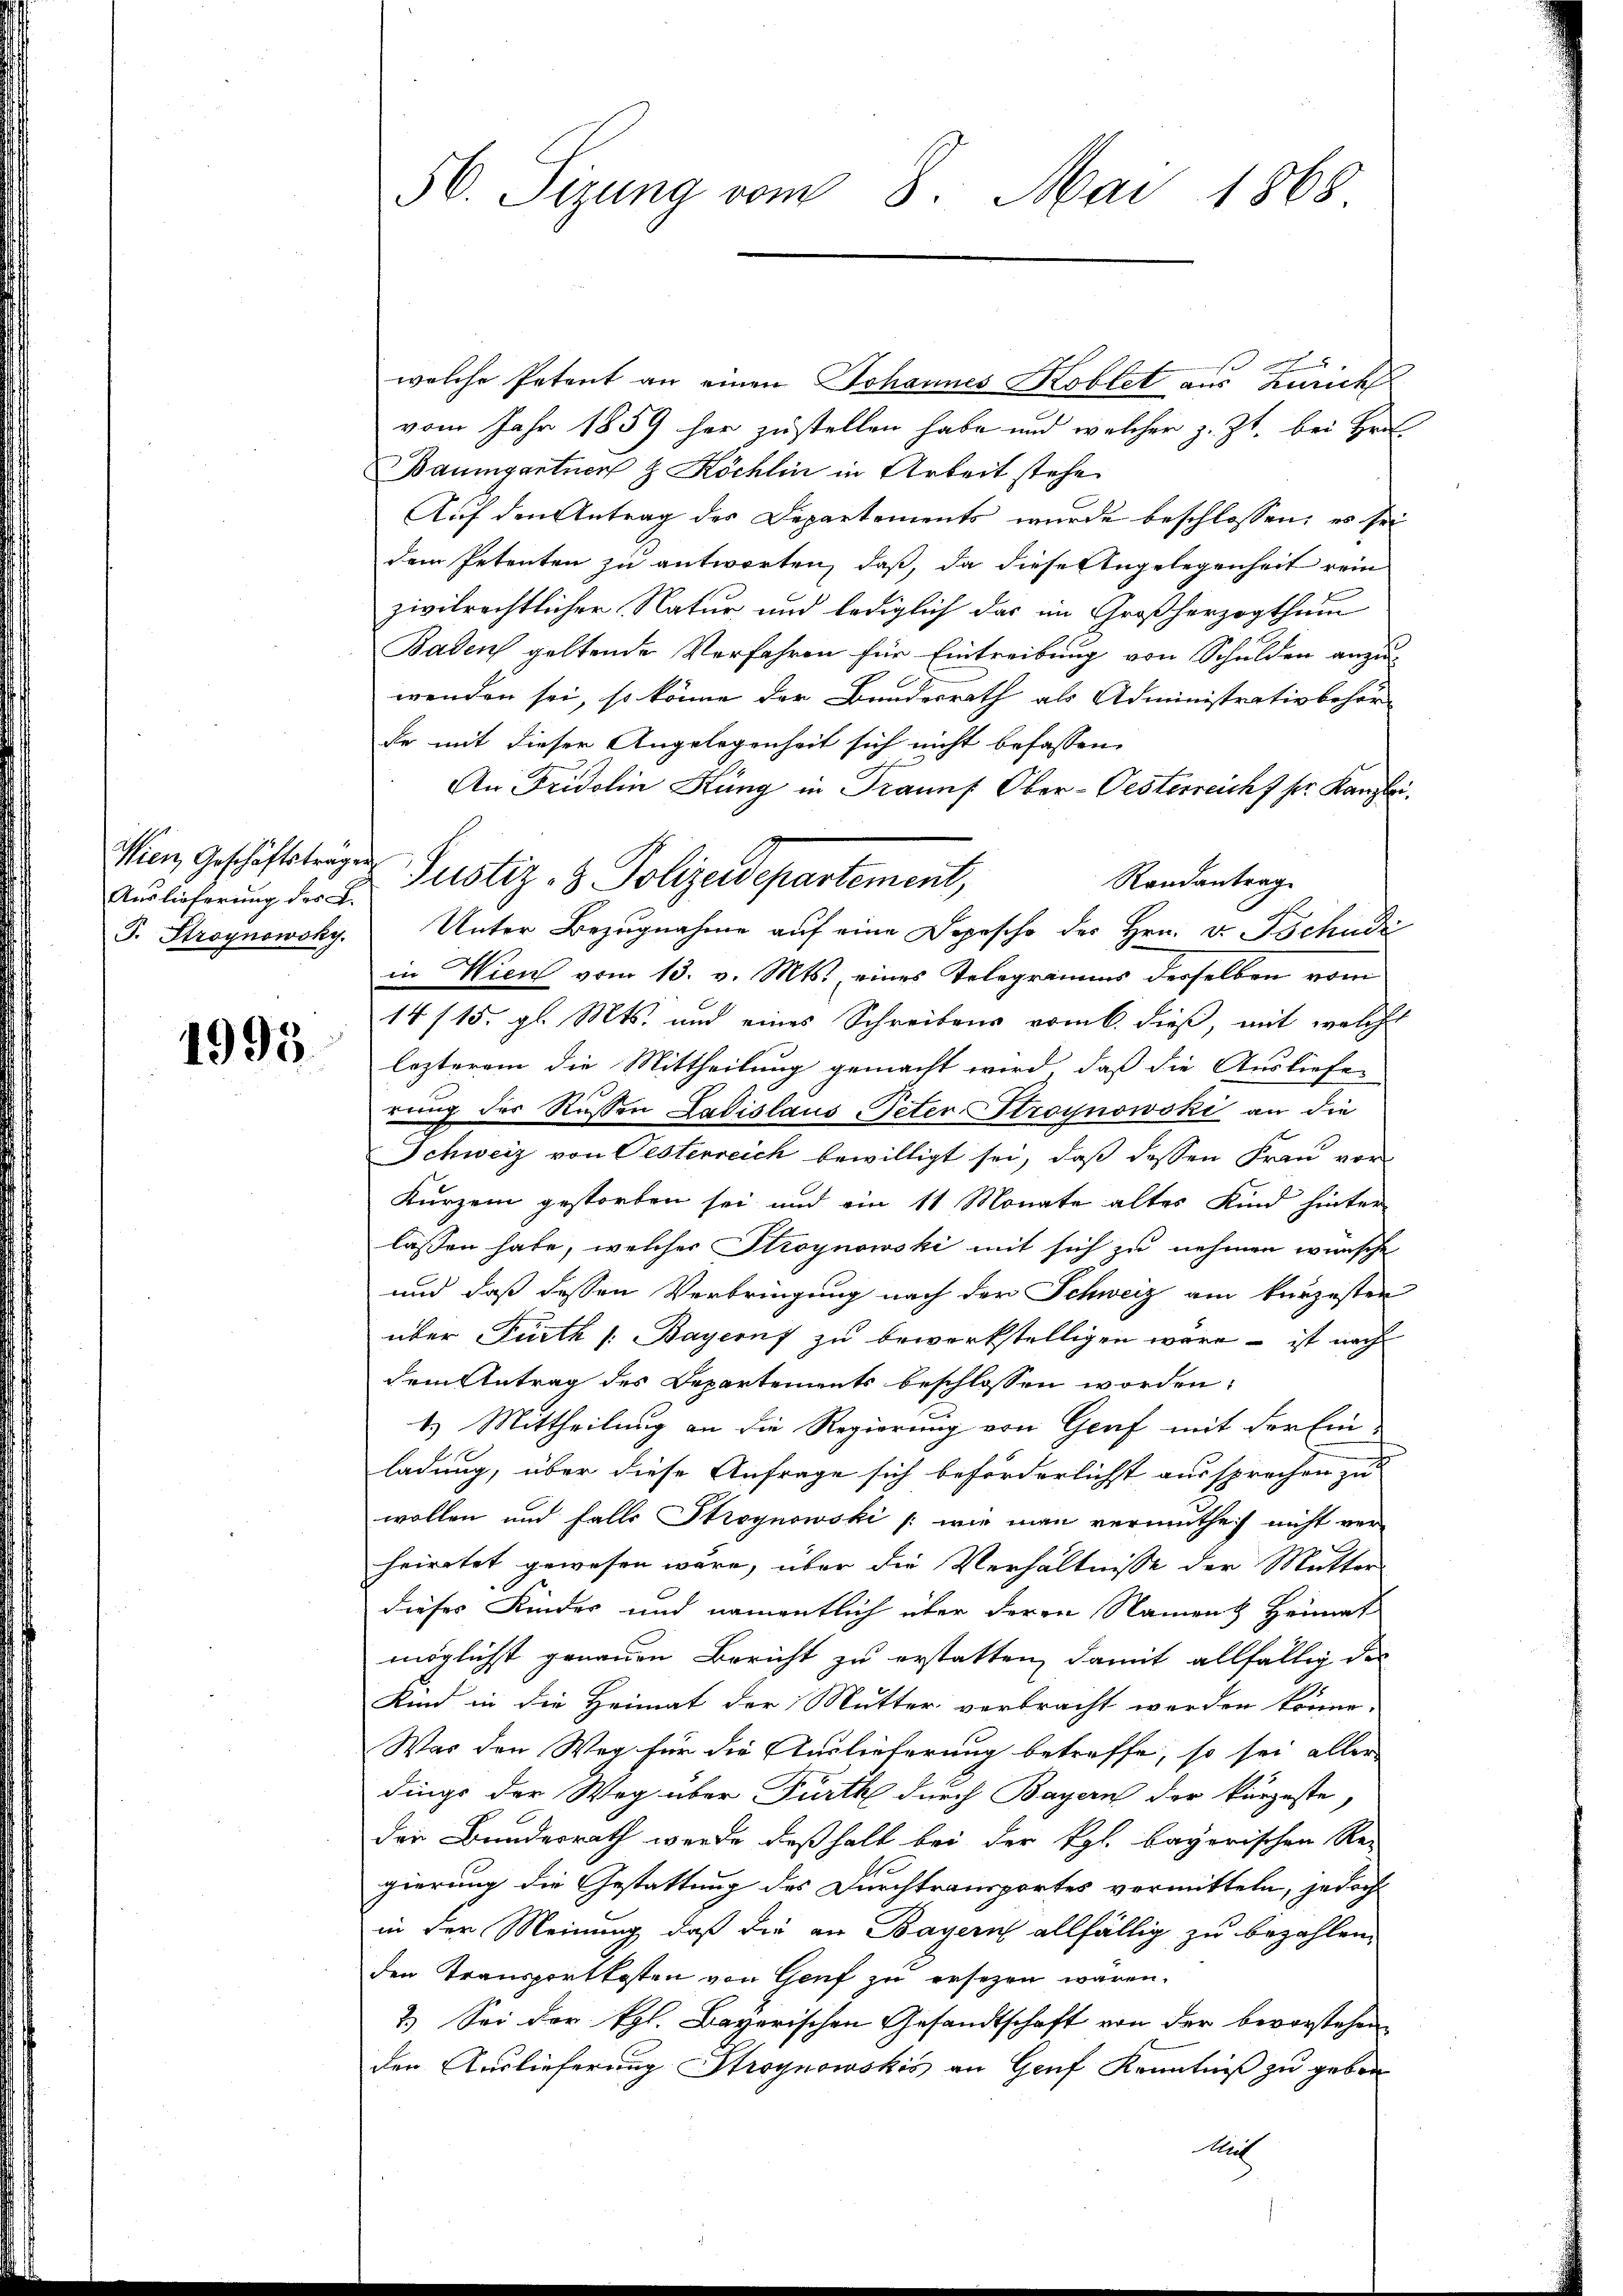
Auslieferung des L.
F. Stroynowsky.

1995.

56. Sizung vom 8. Mai 1868

welche Petent an einen Johannes Koblet aus Zürich
vom Jahr 1859 her zustellen habe und welcher z. Zt. bei Hr.
Baumgartner & Köchlin in Arbeit stehe
Auf den Antrag des Departements wurde beschlossen, es sei
dem Petenten zu antworten, daß, da diese Angelegenheit rein
zivilrechtlicher Natur und lediglich das im Großherzogthum
Baden geltende Verfahren für Eintreibung von Schulden anzu-
wenden sei, so könne der Bundesrath als Administrativbehör-
Er mit dieser Angelegenheit sich nicht befassen
An Fridolin Küng in Traunf Ober-Oesterreich 7 pr. Kanzlei.
Men, Geschäftsträge Justiz- & Polizeidepartement,
Randantrag
Unter Bezugnahme auf eine Depesche des Hrn. v. Tschudi
in Wien vom 13. v. Mts., eines Telegramms derselben vom
14/15. gl. Mts. und eines Schreibens vom 6. dieß, mit welche
lezterem die Mittheilung gemacht wird, daß die Ausliefe
rung der Russen Ladislaus Peter Stroynowski an die
Schweiz von Oesterreich bewilligt sei, daß dessen Frau vor
Kurzem gestorben sei und ein 11 Monate altes Kind hinter
lassen habe, welcher Stroynowski mit sich zu nehmen wünsche
und daß dessen Verbringung nach der Schweiz am kurzesten
über Fürth /: Bayern zu bewerkstelligen wäre – ist nach
dem Antrag des Departements beschlossen worden:
4.) Mittheilung an die Regierung von Genf mit der Einladung, über diese Anfrage sich beförderlichst aussprochen zu
wollen und falls Stroynowski /: wie man vermuthe nicht ver-
heiratet gewesen wäre, über die Verhältnisse der Mutter
dieses Kindes und namentlich über deren Nament Heimat
möglichst genauen Bericht zu erstatten, damit allfällig des
Kind in die Heimat der Mutter verbracht werden könne.
Was den Weg für die Auslieferung betreffe, so sei aller
dings der Weg über Fürth durch Bayern der kürzeste,
der Bundesrath werde deßhalb bei der Kgl. bayerischen Re-
gierung die Gestattung des Durchtransportes vormitteln, jedoch
in der Meinung, daß die an Bayern allfällig zu bezahlen,
den Transportkosten von Genf zu ersezen wären.
2.) Sei der Kgl. Bayerischen Gesandtschaft von der bevorstehen
den Auslieferung Stroynowskis an Genf Kenntniß zu geben
Auch